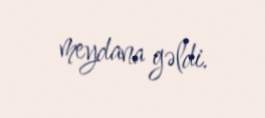
meydana gəldi.